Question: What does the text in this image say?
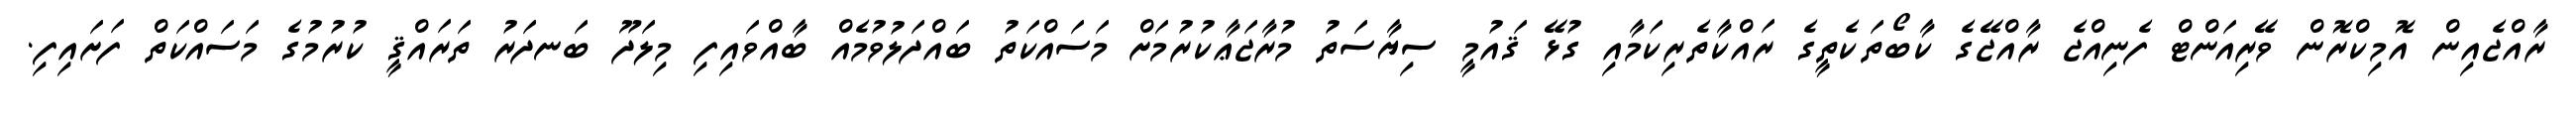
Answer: ރާއްޖެއިން އޮމިކްރޮން ވޭރިއަންޓް ފެނިއްޖެ ރާއްޖޭގެ ކާބޯތަކެތީގެ ރައްކާތެރިކަމާއި ގުޅޭ ޤައުމީ ސިޔާސަތު މުރާޖަޢާކުރުމަށް މަސައްކަތު ބައްދަލުވުމެއް ބާއްވައިފި މިލަދޫ ބަނދަރު ތަރައްޤީ ކުރުމުގެ މަސައްކަތް ފަށައިފި.